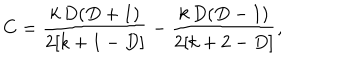
LaTeX: C = \frac { k \, D ( D + 1 ) } { 2 [ k + 1 - D ] } - \frac { k \, D ( D - 1 ) } { 2 [ k + 2 - D ] } ,